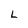
Character: L